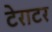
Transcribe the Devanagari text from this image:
टेराटर